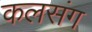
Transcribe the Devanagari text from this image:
कलसंग